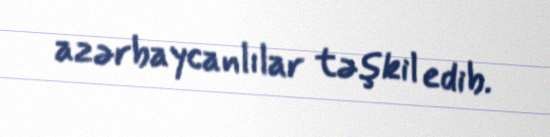
azərbaycanlılar təşkil edib.